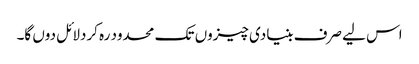
اس لیے صرف بنیادی چیزوں تک محدود رہ کردلائل دوں گا۔